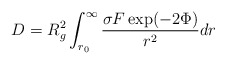
\begin{align*}D= R_g^2 \int_{r_0}^{\infty} \frac{\sigma F \exp(-2\Phi)}{r^2} dr\end{align*}